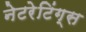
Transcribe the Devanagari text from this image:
नेटरेटिंग्स